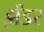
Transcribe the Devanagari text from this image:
झँडर